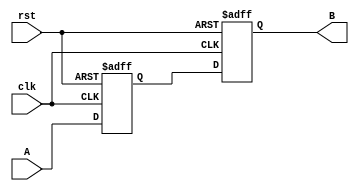
module Delay #(
    parameter DELAY_TIME = 10  // Delay time in time units (e.g., 10 time units)
)(
    input wire A,               // Input signal
    input wire clk,             // Clock signal for synchronization
    input wire rst,             // Reset signal
    output reg B                // Output signal
);

    // Internal variable to hold the delayed value
    reg A_delayed;

    always @(posedge clk or posedge rst) begin
        if (rst) begin
            B <= 1'b0;           // Reset output to low
            A_delayed <= 1'b0;   // Reset delayed input to low
        end else begin
            A_delayed <= A;      // Capture the input signal
            // Introduce the delay
            #DELAY_TIME B <= A_delayed; // Delay output assignment
        end
    end

endmodule